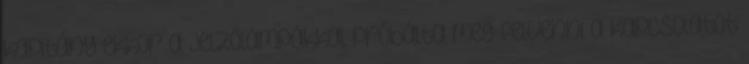
kapitány ekkor a jelzőlámpákkal próbálta meg felvenni a kapcsolatot